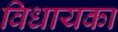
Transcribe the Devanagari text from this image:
विधायका